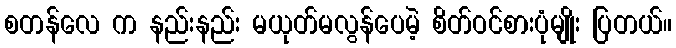
စတန်လေ က နည်းနည်း မယုတ်မလွန်ပေမဲ့ စိတ်ဝင်စားပုံမျိုး ပြတယ်။